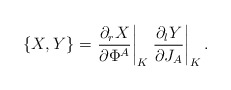
\begin{align*}\{X,Y\}=\left. {\partial_r X\over \partial\Phi^A}\right|_K\left.{\partial_l Y\over \partial J_A}\right|_K.\end{align*}